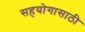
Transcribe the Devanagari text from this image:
सहयोगासाठी